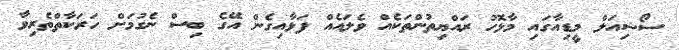
ސޯޝިއަލް މީޑިއާގައި މާޅޮހު ރައްޔިތުންތަކެއް ވެލައެއް ފަޅާއިގެން އޭގެ ބިސް ނެގުމަށް ހަރަކާތްތެރިވާ